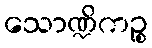
သောဏ္ဍိကဉ္စ